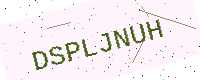
Text: DSPLJNUH